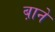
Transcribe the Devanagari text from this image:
ब़ाने